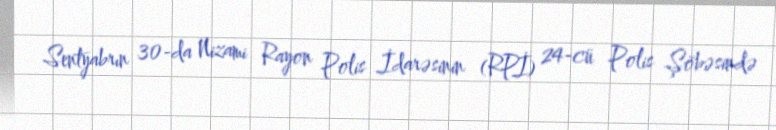
Sentyabrın 30-da Nizami Rayon Polis İdarəsinin (RPİ) 24-cü Polis Şöbəsində